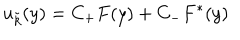
u _ { \tilde { k } } ( y ) = C _ { + } F ( y ) + C _ { - } F ^ { * } ( y )